King Institute of Preventive Medicine Micro-Biological Section reports 1909-11
Year: 1909
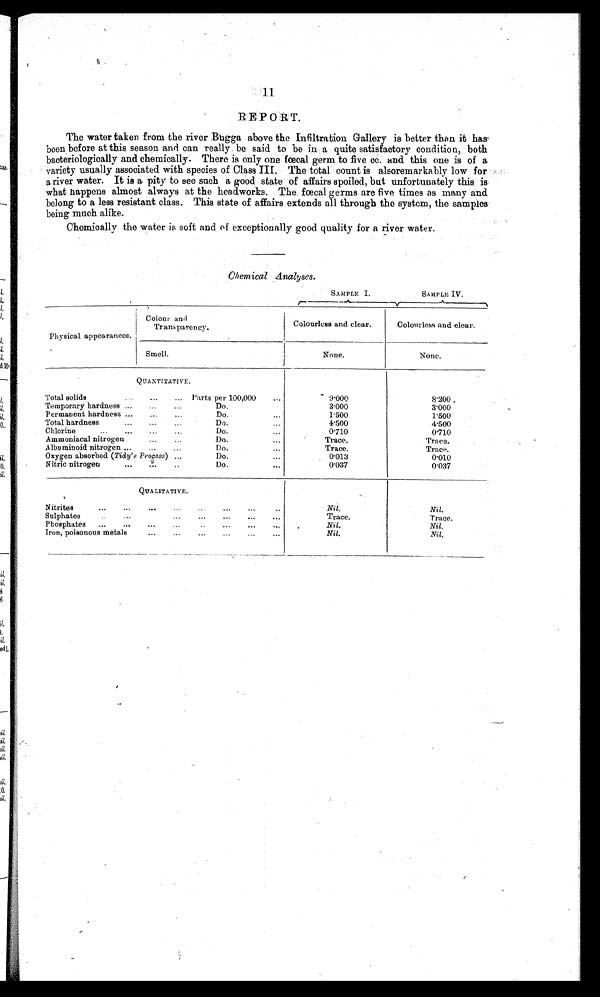
1 1
REPORT.
The water taken from the river Bugga above the Infiltration Gallery is better than it has
been before at this season and can really be said to be in a quite satisfactory condition, both
bacteriologically and chemically. There is only one fœcal germ to five cc. and this one is of a
variety usually associated with species of Class III. The total count is alsoremarkably low for
a river water. It is a pity to see such a good state of affairs spoiled, but unfortunately this is
what happens almost always at the headworks. The. fœcal germs are five times as many and
belong to a less resistant class. This state of affairs extends all through the system, the samples
being much alike.
Chemically the water is soft and of exceptionally good quality for a river water.
Chemical analyses.
SAMPLE I.
SAMPLE IV.
Physical appearances.
Colour and
Transparency.
Colourless and clear.
Colourless and clear.
Smell.
None.
None.
QUANTITATIVE.
Total solids
Parts per 100,000
9·000
8 · 2 0 0
Temporary hardness
Do.
3·000
3 · 0 0 0
Permanent hardness
Do.
1·500
1 · 5 0 0
Total hardness
Do.
4·500
4 · 5 0 0
Chlorine
Do.
0·710
0 · 7 1 0
Ammoniacal nitrogen
Do.
Trace.
Trace.
Albuminoid nitrogen
Do.
Trace.
Trace.
Oxygen absorbed ( Tidy's Process)
Do.
0·013
0 · 0 1 0
Nitric nitrogen
Do.
0·037
0 · 0 3 7
QUALITATIVE.
Nitrites
Nil.
Nil.
Sulphates
T r a c e
Trace.
Phosphates
Nil.
Nil.
Iron, poisonous metals
Nil.
Nil.